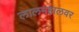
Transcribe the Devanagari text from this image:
लालमहालवर